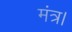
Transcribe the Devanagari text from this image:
मंत्र।